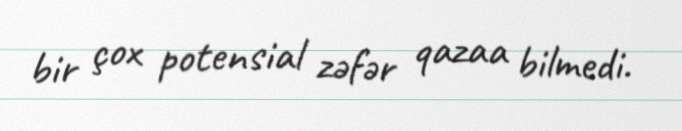
bir çox potensial zəfər qazaa bilmedi.